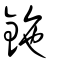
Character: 鉇